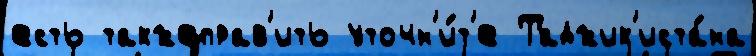
есть такжеправ'ить уточн'и́т'е Таджик'иста́на